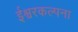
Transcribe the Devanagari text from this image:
ईश्वरकल्पना